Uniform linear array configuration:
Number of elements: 4
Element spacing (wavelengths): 0.25
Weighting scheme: exponential
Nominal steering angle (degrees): -60
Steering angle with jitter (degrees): -61.724
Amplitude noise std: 0.05
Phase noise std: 0.05

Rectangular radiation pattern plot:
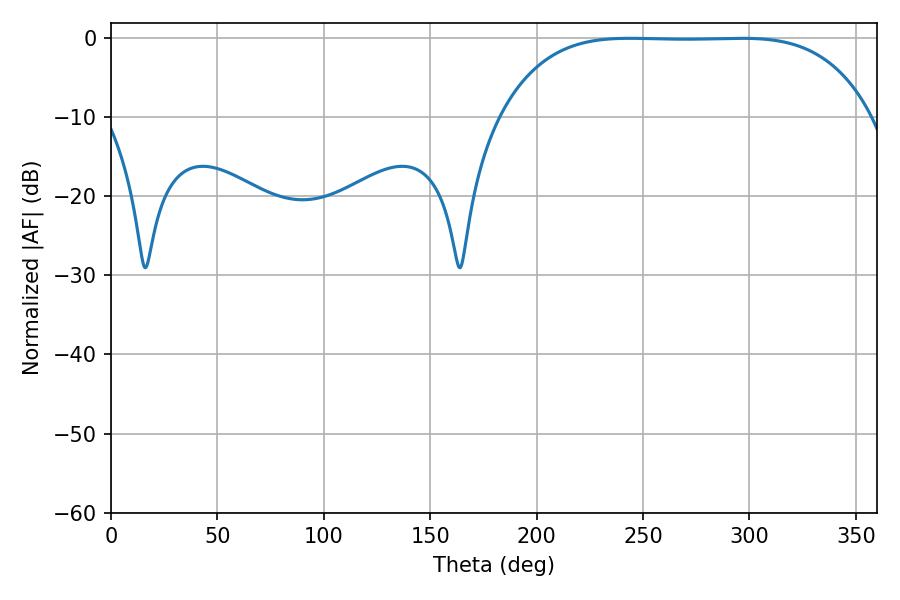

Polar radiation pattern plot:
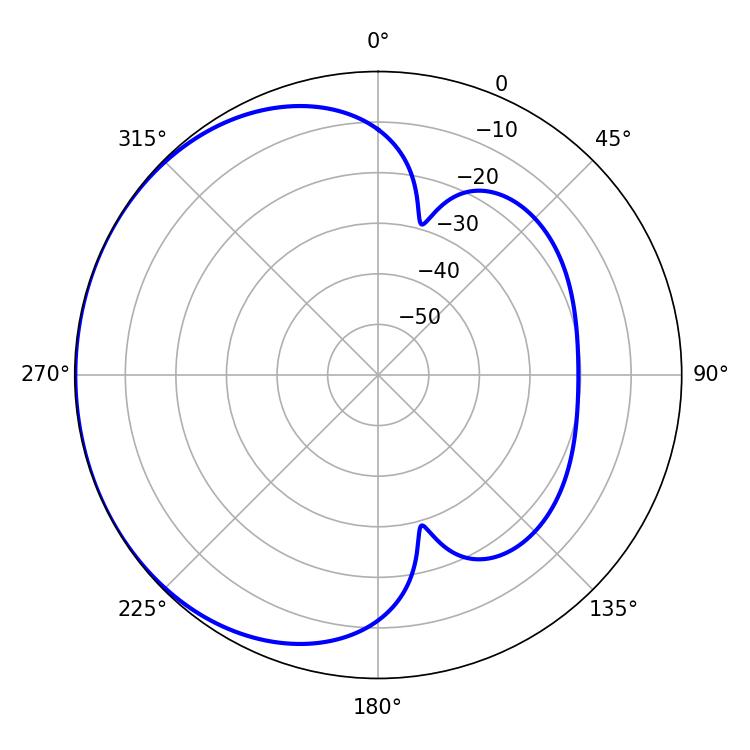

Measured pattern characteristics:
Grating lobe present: FALSE
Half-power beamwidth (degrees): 133.92
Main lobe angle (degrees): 243.9